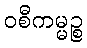
ဝစီကမ္မဉ္စ